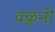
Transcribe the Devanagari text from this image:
वळुनी